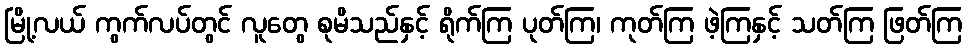
မြို့လယ် ကွက်လပ်တွင် လူတွေ စုမိသည်နှင့် ရိုက်ကြ ပုတ်ကြ၊ ကုတ်ကြ ဖဲ့ကြနှင့် သတ်ကြ ဖြတ်ကြ